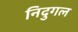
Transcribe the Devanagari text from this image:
निदुगल